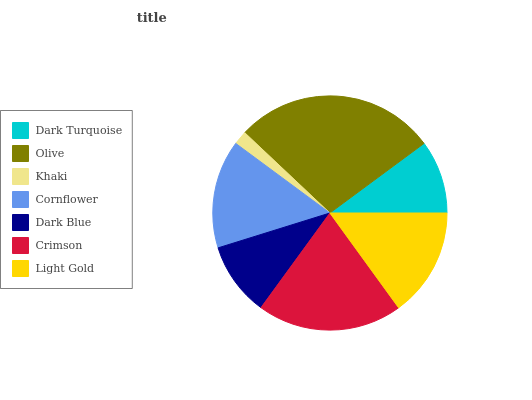
| Dark Turquoise | Olive | Khaki | Cornflower | Dark Blue | Crimson | Light Gold |
 | --- | --- | --- | --- | --- | --- | --- |
 | 10.1% | 27.8% | 1.91% | 14.9% | 10.2% | 20% | 15% |